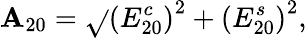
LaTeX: \mathbf{A}_{20}=\sqrt{}{{\left(E_{20}^{c}\right)^{2}+\left(E_{20}^{s}\right)^{2}}},